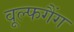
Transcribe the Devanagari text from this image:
वूल्फगैंग